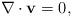
LaTeX: \begin{align*} \nabla \cdot {\bf v} =0,\end{align*}